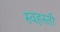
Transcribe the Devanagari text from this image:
स्वहस्ती